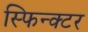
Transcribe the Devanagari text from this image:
स्फिन्क्टर